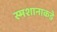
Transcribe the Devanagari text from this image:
स्मशानाकडे